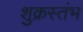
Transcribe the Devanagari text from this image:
शुक्रस्तंभ